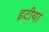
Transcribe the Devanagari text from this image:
इटीया